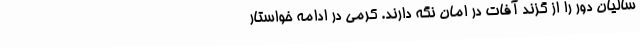
سالیان دور را از گزند آفات در امان نگه دارند. کرمی در ادامه خواستار